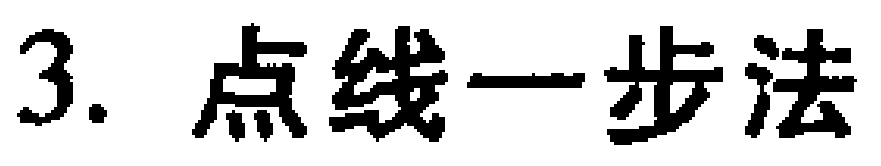
3. 点线一步法